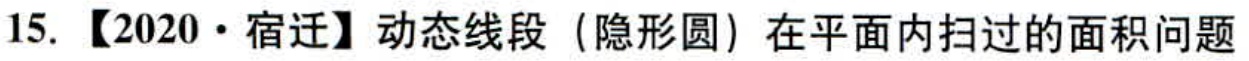
15. 【2020·宿迁】动态线段（隐形圆）在平面内扫过的面积问题